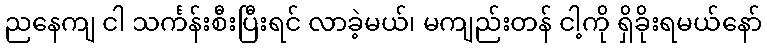
ညနေကျ ငါ သင်္ကန်းစီးပြီးရင် လာခဲ့မယ်၊ မကျည်းတန် ငါ့ကို ရှိခိုးရမယ်နော်